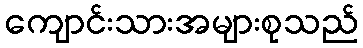
ကျောင်းသားအများစုသည်